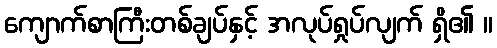
ကျောက်စာကြီးတစ်ချပ်နှင့် အလုပ်ရှုပ်လျက် ရှိ၏ ။